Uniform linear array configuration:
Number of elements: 64
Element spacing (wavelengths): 0.5
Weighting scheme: kaiser
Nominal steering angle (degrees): -15
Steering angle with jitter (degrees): -16.466
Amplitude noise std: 0.05
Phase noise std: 0.05

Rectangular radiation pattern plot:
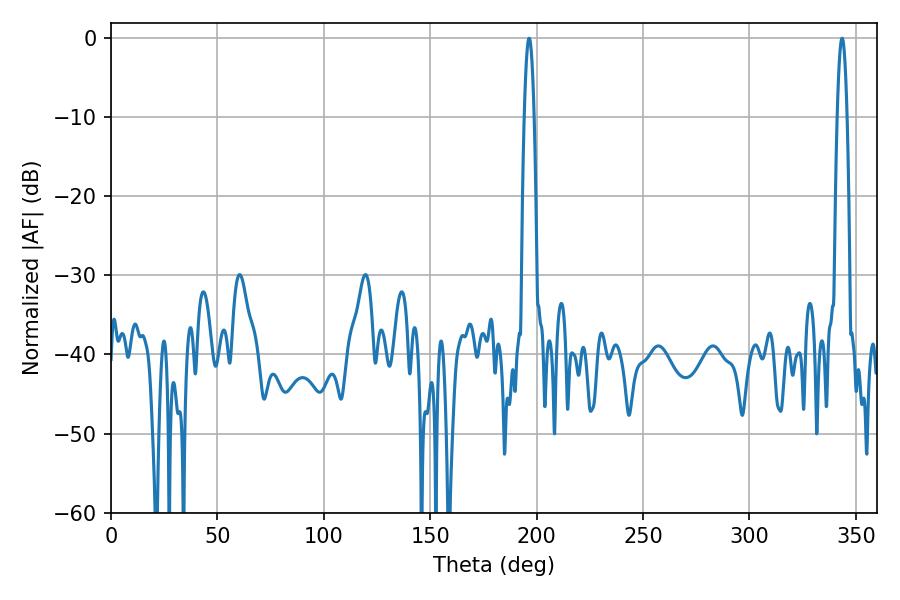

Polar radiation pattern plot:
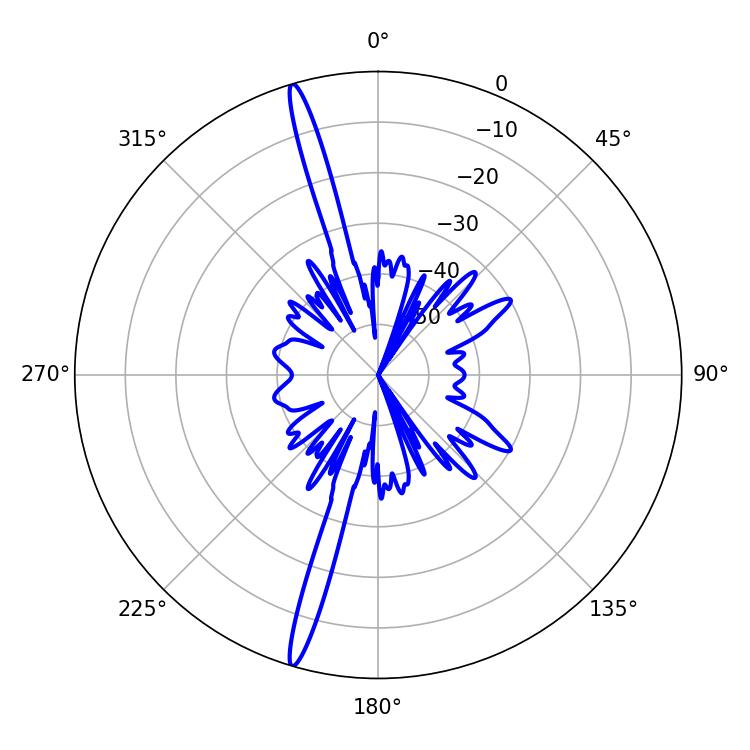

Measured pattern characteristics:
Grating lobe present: FALSE
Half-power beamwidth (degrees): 2.34
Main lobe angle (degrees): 196.38